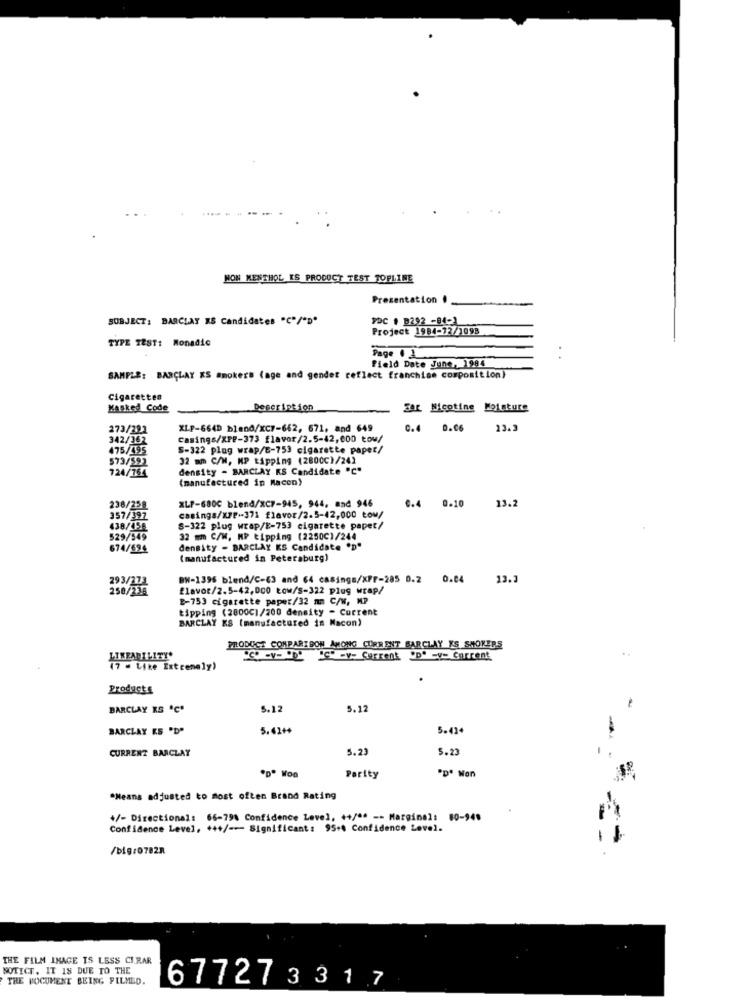
NON MENTHOL ES PRODUCT TEST TOPLINE
Presentation .
SUBJECT: BARCLAY KS Candidates "C"/"D"
PDC 1 B292 -84-1
Project 1984-72/1098
TYPE TEST: Monadic
Page 1 1
Field Date June, 1984
SAMPLE: BARCLAY KS mmokers (age and gender reflect franchise composition)
Cigarettes
Masked Code
Description
Sar Nicotine Moisture
273/291
XLP-664D blend/XC7-662, 671, and 649
0.4 0.06
13.3
342/362
Casings/XPP-373 flavor/2.5-42,000 tow/
475/155
S-322 plug wrap/E-753 cigarette paper/
573/592
32 mm C/W, MP tipping (2800C)/241
724/764
density - BARCLAY KS Candidate "C"
(manufactured in Macon)
XLF-680C blend/XC7-945, 944, and 946
238/258
0.4 0.10
13.2
357/397
casings/XPP-371 flavor/2.5-42,000 Łow/
438/158
S-322 plug wrap/E-753 cigarette papet/
529/949
32 mm C/W, MP tipping (2250C)/244
674/694
density - BARCLAY KS Candidate .D"
(manufactured in Petersburg)
BW-1396 blend/C-63 and 64 casings/xFF-285 0.2
0.04
13.3
flavor/2.5-42,000 tow/s-322 plug wrap/
2-753 cigarette paper/32 mn C/W, MP
tipping (2800C]/200 density - Current
BARCLAY KS (manufactured in Macon)
PRODUCT COMPARISON AMONG CURRENT BARCLAY YS SMOKERS
LIKEABILITY"
"" "" "-y- Current "D" -y= current
(7 = Like Extremely)
Products
BARCLAY KS 'C'
5.12
5.12
BARCLAY KS "D"
5.41++
5.414
CURRENT BARCLAY
5.23
5.23
Parity
"D' Won
"Means adjusted to most often Brand Rating
+/- Directional: 66-798 Confidence Level, ++/44 -- Marginal: 00-949
Confidence Level, +++/ -- Significant: 95+4 Confidence Level.
/big/0782R
THE FILM IMAGE IS LESS CIRAR
NOTICE, IT 18 DUE TO THE
THE DOCUMENT BEING FILMED.
677273317